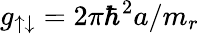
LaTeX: g_{\uparrow\downarrow}=2\pi\hbar^{2}a/m_{r}